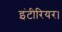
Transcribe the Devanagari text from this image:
इंटीरियर।